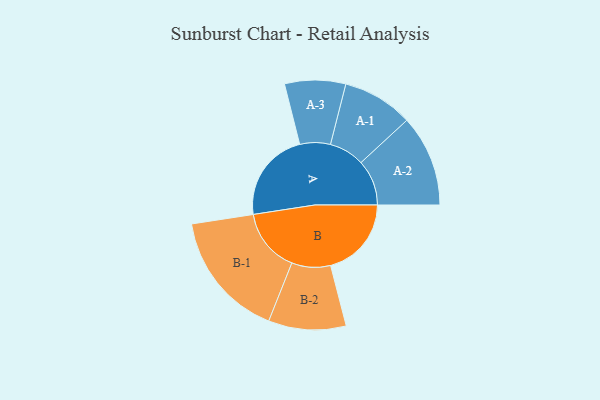
{"axis": {"x": "Segment", "y": "Value"}, "legend": ["", "A", "B"], "data": [{"x": "A", "y": 392, "type": ""}, {"x": "B", "y": 350, "type": ""}, {"x": "A-1", "y": 153, "type": "A"}, {"x": "A-2", "y": 198, "type": "A"}, {"x": "A-3", "y": 132, "type": "A"}, {"x": "B-1", "y": 276, "type": "B"}, {"x": "B-2", "y": 168, "type": "B"}]}